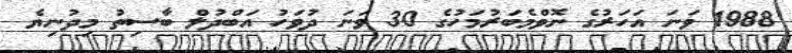
1988 ވަނަ އަހަރުގެ ނޮވްމެބަރުމަހުގެ 30 ވަނަ ދުވަހު އަބްދުލް ބާސިތު މިދުނިޔެ